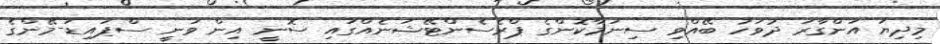
މިދިޔަ އަންގާރަ ދުވަހު ބޭއްވި ސިނަމާކޮންގެ ޕްރެސެންޓޭޝަނެއްގައި ސޮނީ އިން ވަނީ ސްޕައިޑަ-މޭންގެ